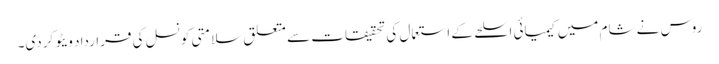
روس نے شام میں کیمیائی اسلحے کے استعمال کی تحقیقات سے متعلق سلامتی کونسل کی قرارداد ویٹو کردی۔